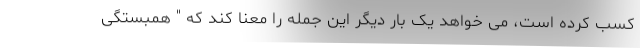
کسب کرده است، می خواهد یک بار دیگر این جمله را معنا کند که " همبستگی